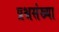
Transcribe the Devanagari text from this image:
प्रश्नसंख्या